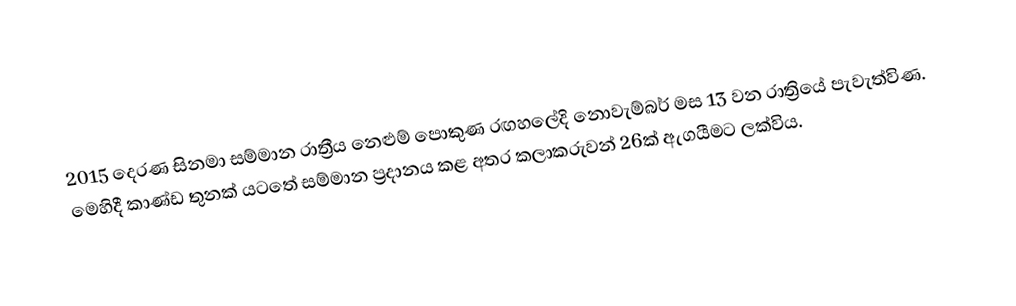
2015 දෙරණ සිනමා සම්මාන රාත්‍රීය නෙළුම් පොකුණ රඟහලේදි නොවැම්බර් මස 13 වන රාත්‍රියේ පැවැත්විණ. මෙහිදී කාණ්ඩ තුනක් යටතේ සම්මාන ප්‍රදානය කළ අතර කලාකරුවන් 26ක් ඇගයීමට ලක්විය.